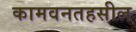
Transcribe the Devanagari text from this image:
कामवनतहसील